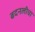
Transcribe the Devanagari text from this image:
बदनलीचा